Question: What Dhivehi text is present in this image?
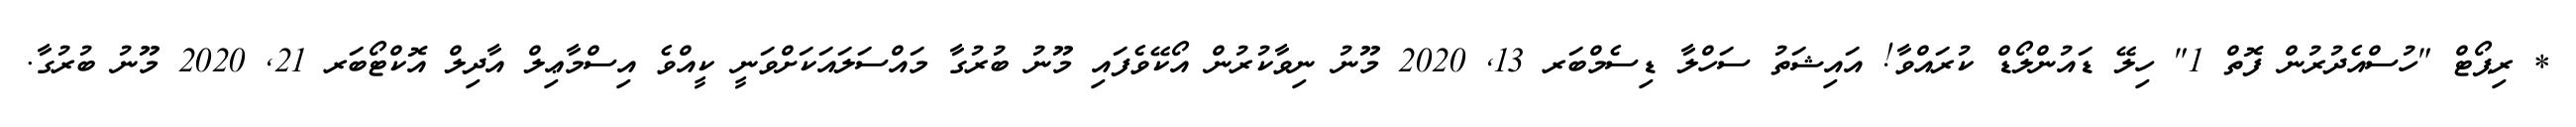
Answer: * ރިޕޯޓް "ހުސްއެދުރުން ފޮތް 1" ހިލޭ ޑައުންލޯޑް ކުރައްވާ! އައިޝަތު ސަހްލާ ޑިސެމްބަރ 13, 2020 މޫނު ނިވާކުރުން އޯކޭވެފައި މޫނު ބުރުގާ މައްސަލައަކަށްވަނީ ކީއްވެ އިސްމާޢިލް އާދިލް އޮކްޓޯބަރ 21, 2020 މޫނު ބުރުގާ.